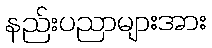
နည်းပညာများအား